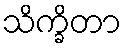
သိက္ခိတာ